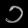
Digit: ၁